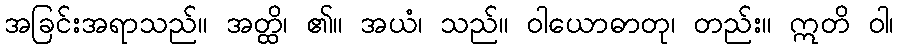
အခြင်းအရာသည်။ အတ္ထိ၊ ၏။ အယံ၊ သည်။ ဝါယောဓာတု၊ တည်း။ ဣတိ ဝါ၊